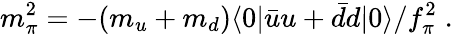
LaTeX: m_{\pi}^{2}=-(m_{u}+m_{d})\langle 0|\bar{u}u+\bar{d}d|0\rangle/f_{\pi}^{2}\; .